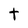
Character: t